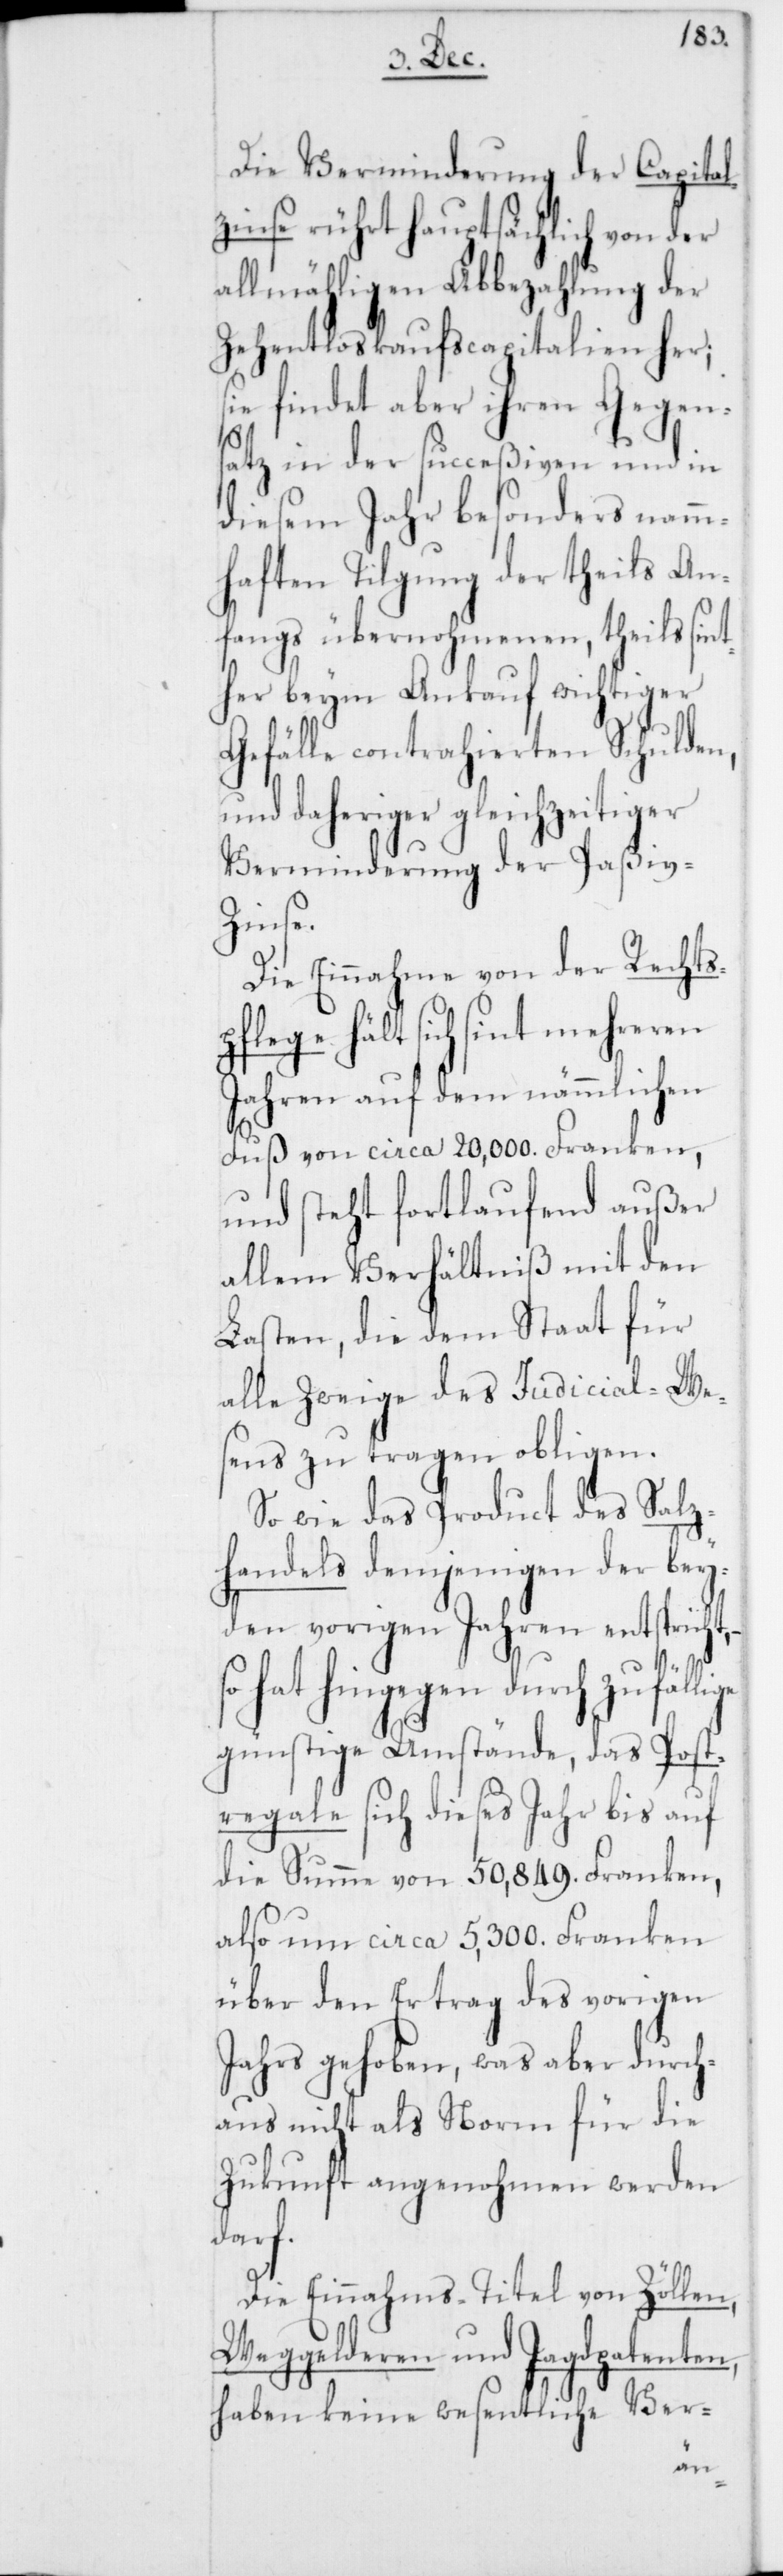
Die Verminderung der Capita¬
lzinse rührt hauptsächlich von der
allmähligen Abbezahlung
Zehentloskaufscapitalien her;
sie findet aber ihren Gegen¬
satz in der succeßiven und in
diesem Jahr besonders namm¬
haften Tilgung der theils An¬
fangs übernohmenen, theils si¬
her beym Ankauf wichtiger
Gefälle contrahierten Schulden,
nachheriger gleichzeitiger
Verminderung der Paßiv-Z¬
ige
Die Einnahme von der Rechts¬
pflege hält sich sint
Jahren auf dem nämmlichen
Fuß von circa 20,000. Franken,
und steht fortlaufend außer
allem Verhältniß mit den
Lasten, die dem Staat für
alle Zweige des Judicial-We¬
sens zu tragen obligen.
So wie das Product des Salz¬
handels demjenigen der bey¬
den vorigen Jahren entspricht,
so hat hingegen durch zufäll¬
günstige Umstände, das Post¬
regale sich dieses Jahr bis auf
die Summe von 50,849. Franken,
also um circa 5,300. Franken
über den Ertrag des vorigen
Jahrs gehoben, was aber durch¬
aus nicht als Norm für die
Zukonft angenohmen werden
darf.
Die Einnahms-Titel von Zöllen,
Weggelderen und Jagdpatenten,
haben keine wesentliche Ver-